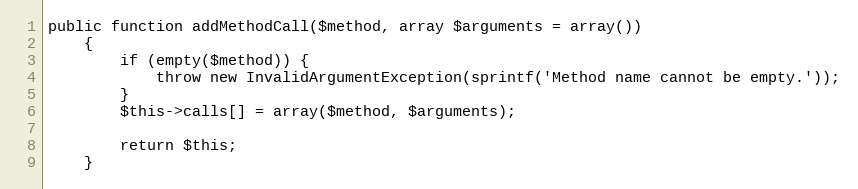
Language: PHP
public function addMethodCall($method, array $arguments = array())
    {
        if (empty($method)) {
            throw new InvalidArgumentException(sprintf('Method name cannot be empty.'));
        }
        $this->calls[] = array($method, $arguments);

        return $this;
    }